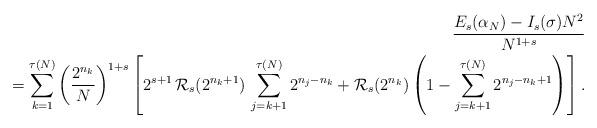
LaTeX: \begin{align*}\frac{E_{s}(\alpha_{N})-I_{s}(\sigma) N^{2}}{N^{1+s}}\\=\sum_{k=1}^{\tau(N)}\left(\frac{2^{n_{k}}}{N}\right)^{1+s}\left[2^{s+1}\,\mathcal{R}_{s}(2^{n_{k}+1})\,\sum_{j=k+1}^{\tau(N)}2^{n_{j}-n_{k}}+\mathcal{R}_{s}(2^{n_{k}})\left(1-\sum_{j=k+1}^{\tau(N)} 2^{n_{j}-n_{k}+1}\right)\right].\end{align*}